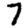
Digit: 7